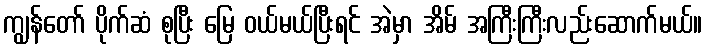
ကျွန်တော် ပိုက်ဆံ စုပြီး မြေ ဝယ်မယ်ပြီးရင် အဲမှာ အိမ် အကြီးကြီးလည်းဆောက်မယ်။